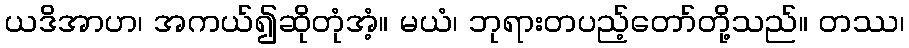
ယဒိအာဟ၊ အကယ်၍ဆိုတုံအံ့။ မယံ၊ ဘုရားတပည့်တော်တို့သည်။ တဿ၊